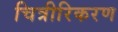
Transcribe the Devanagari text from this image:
चित्रीरिकरण